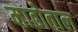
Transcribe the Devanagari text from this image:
माढोताल